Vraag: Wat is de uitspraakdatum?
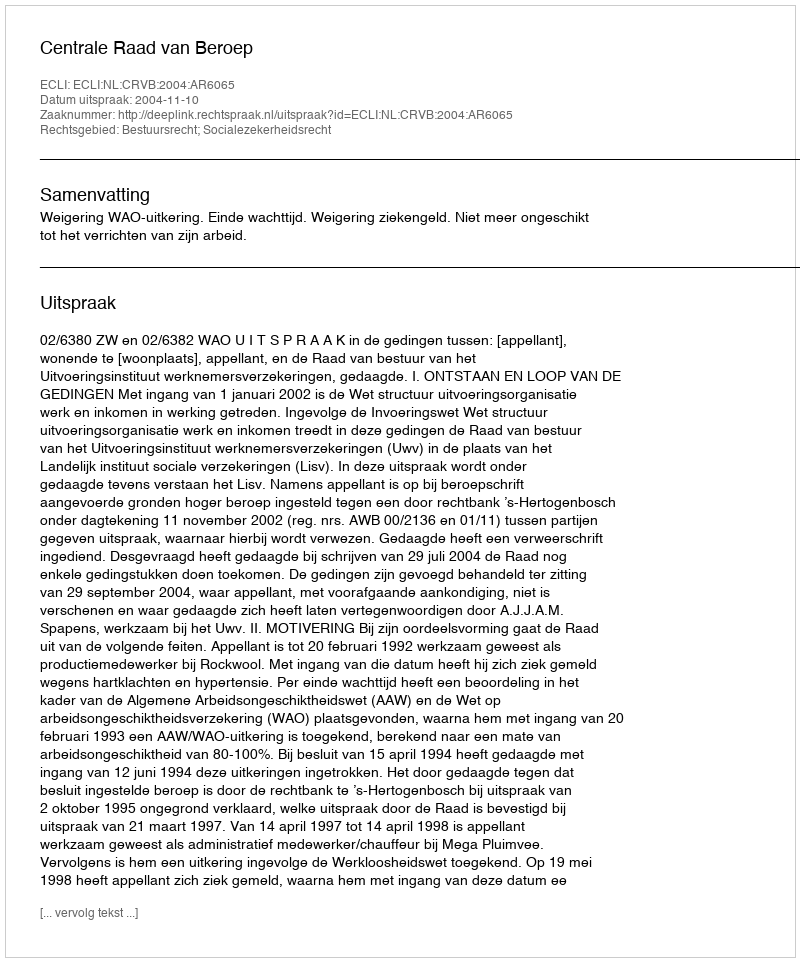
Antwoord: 2004-11-10